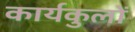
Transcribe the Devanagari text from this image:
कार्यकुलों